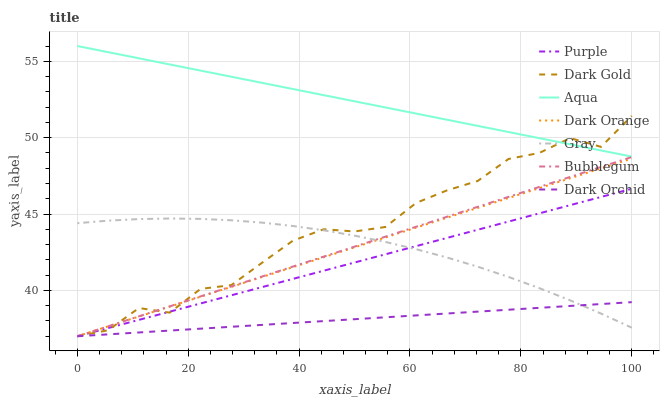
| xaxis_label | Purple | Dark Gold | Aqua | Dark Orange | Gray | Bubblegum | Dark Orchid |
 | --- | --- | --- | --- | --- | --- | --- | --- |
 | 0 | 37 | 37 | 56 | 37 | 44.4 | 37 | 37 |
 | 5.56 | 37.5 | 37.4 | 55.6 | 37.6 | 44.6 | 37.7 | 37.1 |
 | 11.1 | 38.1 | 38.8 | 55.2 | 38.3 | 44.7 | 38.3 | 37.2 |
 | 16.7 | 38.6 | 38.5 | 54.8 | 38.9 | 44.7 | 39 | 37.4 |
 | 22.2 | 39.1 | 40.1 | 54.4 | 39.6 | 44.7 | 39.6 | 37.5 |
 | 27.8 | 39.7 | 40.3 | 54 | 40.2 | 44.6 | 40.3 | 37.6 |
 | 33.3 | 40.2 | 41.8 | 53.6 | 40.9 | 44.4 | 40.9 | 37.7 |
 | 38.9 | 40.8 | 43.3 | 53.2 | 41.5 | 44.2 | 41.6 | 37.9 |
 | 44.4 | 41.3 | 44 | 52.8 | 42.2 | 43.9 | 42.2 | 38 |
 | 50 | 41.8 | 43.9 | 52.4 | 42.8 | 43.6 | 42.9 | 38.1 |
 | 55.6 | 42.4 | 44.2 | 52 | 43.5 | 43.2 | 43.5 | 38.2 |
 | 61.1 | 42.9 | 45.7 | 51.6 | 44.1 | 42.7 | 44.2 | 38.4 |
 | 66.7 | 43.4 | 46.5 | 51.2 | 44.8 | 42.2 | 44.8 | 38.5 |
 | 72.2 | 44 | 47.2 | 50.8 | 45.4 | 41.6 | 45.5 | 38.6 |
 | 77.8 | 44.5 | 48.6 | 50.4 | 46.1 | 40.9 | 46.1 | 38.7 |
 | 83.3 | 45 | 49 | 50 | 46.7 | 40.1 | 46.8 | 38.9 |
 | 88.9 | 45.6 | 50 | 49.6 | 47.3 | 39.3 | 47.4 | 39 |
 | 94.4 | 46.1 | 49.4 | 49.2 | 48 | 38.5 | 48.1 | 39.1 |
 | 100 | 46.7 | 51.4 | 48.8 | 48.6 | 37.6 | 48.7 | 39.2 |